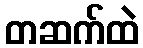
တဆက်ထဲ